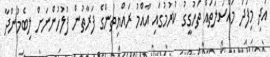
އަދި މިފަދަ މައްސަލަތައް ތަހުގީގު ކުރުމުގައި އާއްމު ރައްޔިތުންގެ ފަރާތުން ފުލުހުންނަށް ލިބެމުންދާ